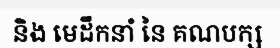
និង មេដឹកនាំ នៃ គណបក្ស